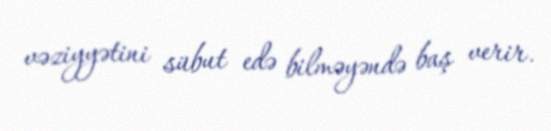
vəziyyətini sübut edə bilməyəndə baş verir.